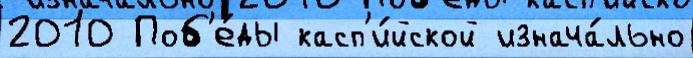
2010 Поб'е́ды касп'и́йской изнача́льно